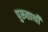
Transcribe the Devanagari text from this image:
पुरूतार्थी